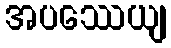
အပဿေယျ